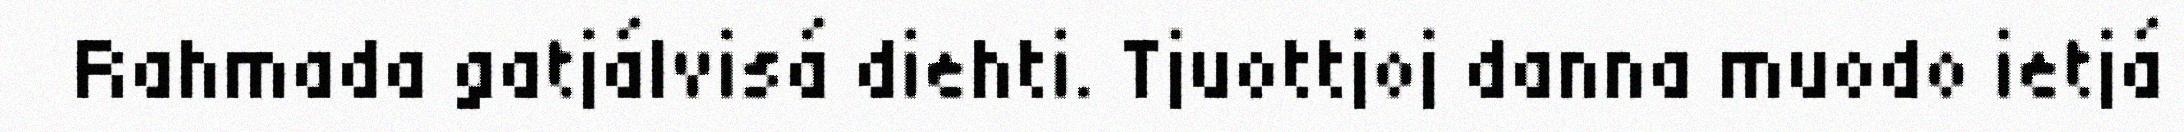
Rahmada gatjálvisá diehti. Tjuottjoj danna muodo ietjá